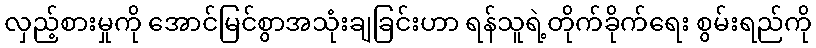
လှည့်စားမှုကို အောင်မြင်စွာအသုံးချခြင်းဟာ ရန်သူရဲ့တိုက်ခိုက်ရေး စွမ်းရည်ကို